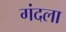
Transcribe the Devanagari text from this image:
गंदला